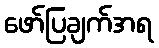
ဖော်ပြချက်အရ